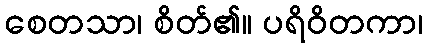
စေတသာ၊ စိတ်၏။ ပရိဝိတကာ၊